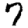
Digit: 7